Annual report of the Punjab Veterinary College and of the Civil Veterinary Department, Punjab - 1920-1925
Year: 1920
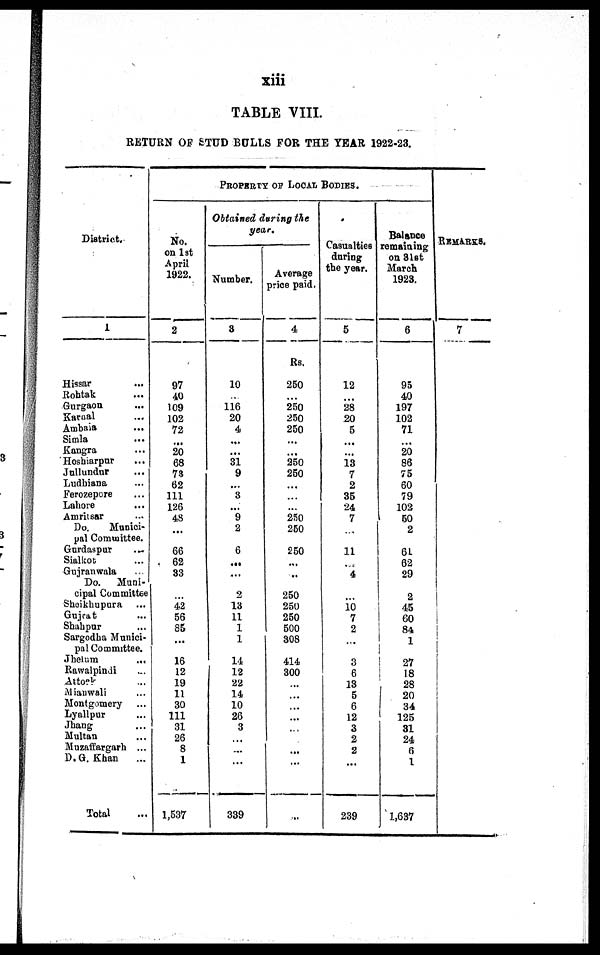
xiii
TABLE VIII.
RETURN OF STUD BULLS FOR THE YEAR 1922-23.
District.
1
Hissar ...
Rohtak ...
Gurgaon ...
Karnal ...
Ambala ...
Simla ...
Kangra ...
Hoshiarpur ...
Jullundur ...
Ludhiana ...
Ferozepore ...
Lahore
Amritsar ...
Do.
Munici-
pal Committee.
Gurdaspur
...
Sialkot ...
Gujranwala ...
Do.
Muni-
cipal Committee
Sheikhupura ...
Gujrat ...
Shahpur ...
Sargodha Munici-
pal Committee.
Jhelum
...
Rawalpindi
Attock ...
Mianwali ...
Montgomery
Lyallpur ...
Jhang ...
Multan ...
Muzaffargarh ...
D.G. Khan
...
Total
PROPERTY OF LOCAL BODIES.
No.
on 1st
April
1922.
2
97
40
109
102
72
...
20
68
73
62
111
126
48
...
66
62
33
...
42
56
85
...
16
12
19
11
30
111
31
26
8
1
1,537
Obtained during the
year.
Number.
3
10
...
116
20
4
...
...
31
9
...
3
...
9
2
6
...
...
2
13
11
1
1
14
12
22
14
10
26
3
...
...
...
339
Average
price paid.
4
Rs.
250
...
250
250
250
...
...
250
250
...
...
...
250
250
250
...
...
250
250
250
500
308
414
300
...
...
...
...
...
...
...
...
...
Casualties
during
the year.
5
12
...
28
20
5
...
...
13
7
2
35
24
7
...
11
...
4
...
10 7
2
...
3
6
13
5
6
12
3
2
2
...
239
Balance
remaining
on 31st
March
1923.
6
95
40
197
102
71
...
20
86
75
60
79
102
50
2
61
62
29
2
45
60
84
1
27
18
28
20
34
125
31
24
6
1
1,637
REMARKS.
7